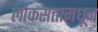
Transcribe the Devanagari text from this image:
लोकसत्तामधून